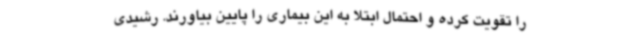
را تقویت کرده و احتمال ابتلا به این بیماری را پایین بیاورند. رشیدی